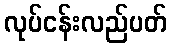
လုပ်ငန်းလည်ပတ်